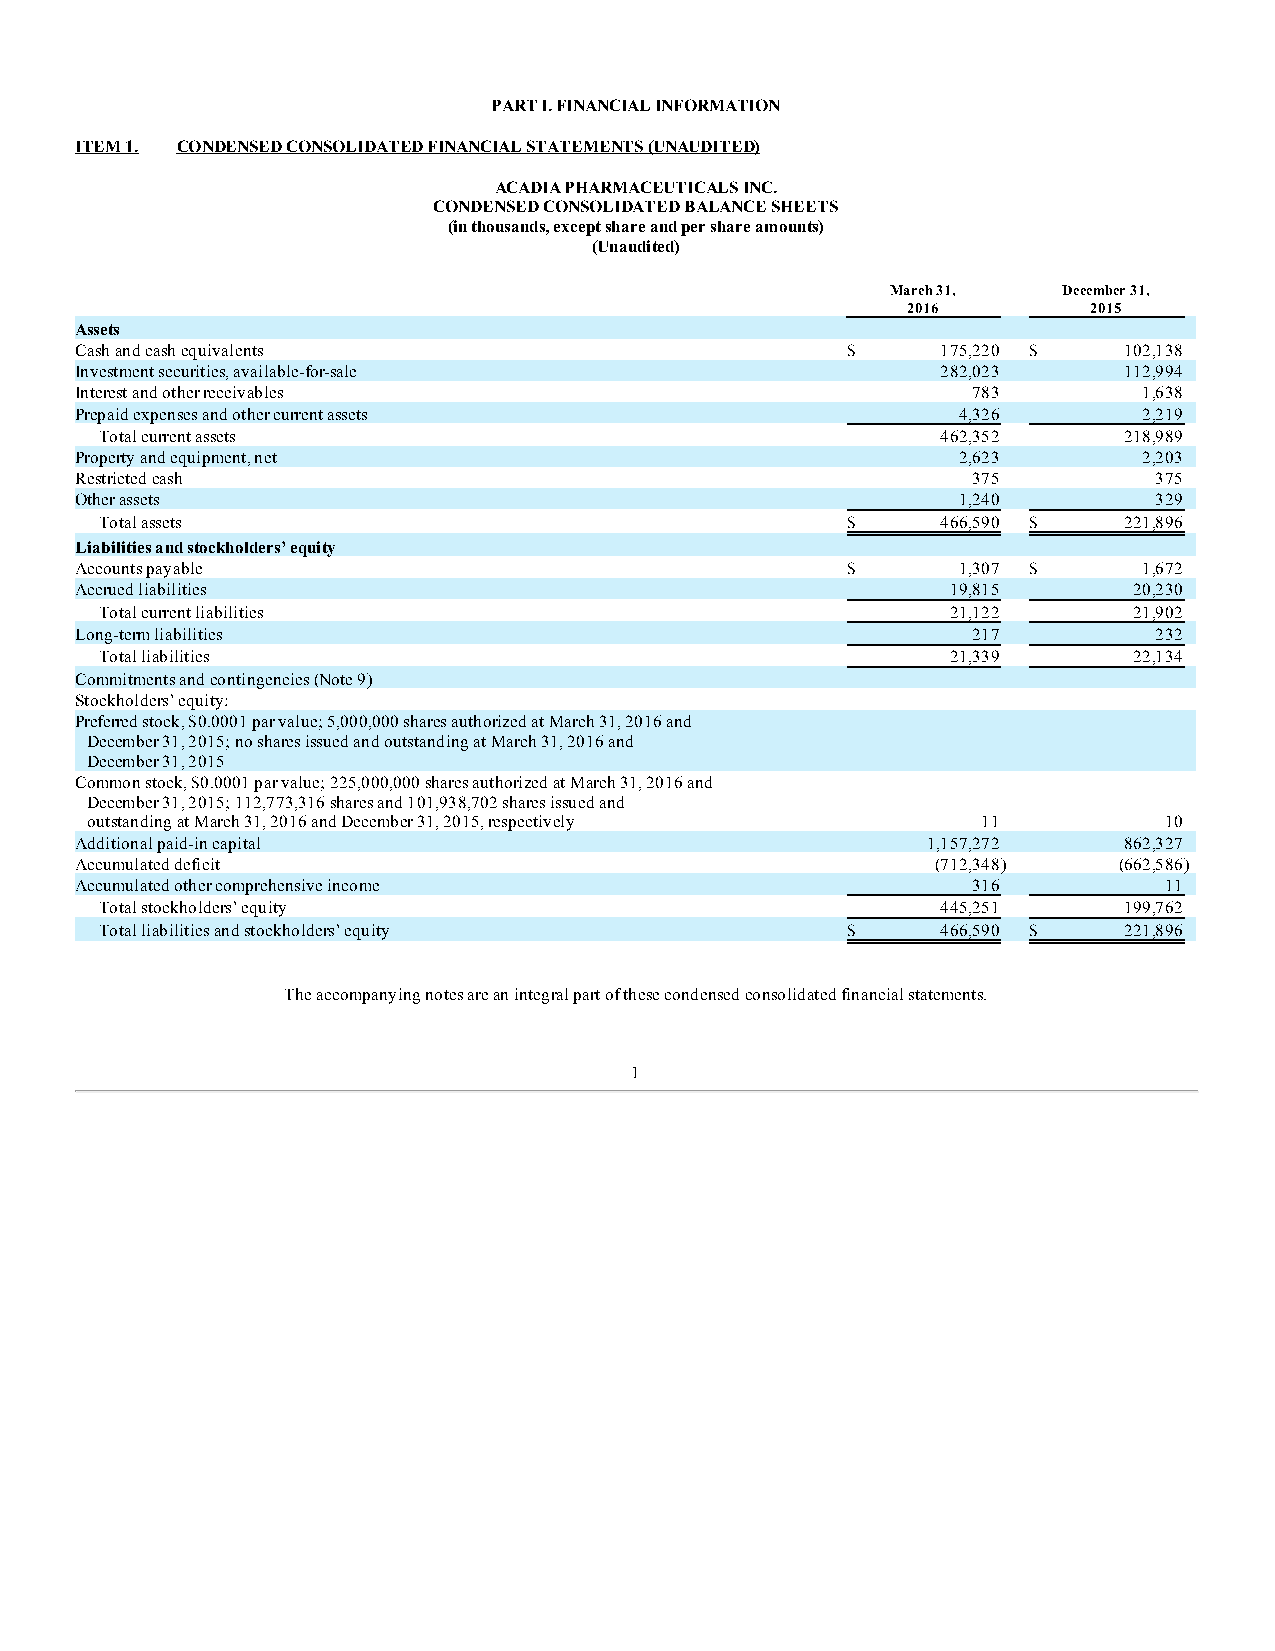
PART I. FINANCIAL INFORMATION
 ITEM 1. CONDENSED CONSOLIDATED FINANCIAL STATEMENTS (UNAUDITED)
 ACADIA PHARMACEUTICALS INC.
 CONDENSED CONSOLIDATED BALANCE SHEETS
 (in thousands, except share and per share amounts)
 (Unaudited)
 March 31,  December 31,
 2016        2015
 Assets
 Cash and cash equivalents                          $     175,220 $   102,138
 Investment securities, available-for-sale                282,023     112,994
 Interest and other receivables                             783         1,638
 Prepaid expenses and other current assets                 4,326        2,219
 Total current assets                                   462,352     218,989
 Property and equipment, net                               2,623        2,203
 Restricted cash                                            375         375
 Other assets                                              1,240        329
 Total assets                                     $     466,590 $   221,896
 Liabilities and stockholders’ equity
 Accounts payable                                   $      1,307 $      1,672
 Accrued liabilities                                       19,815      20,230
 Total current liabilities                               21,122      21,902
 Long-term liabilities                                      217         232
 Total liabilities                                       21,339      22,134
 Commitments and contingencies (Note 9)
 Stockholders’ equity:
 Preferred stock, $0.0001 par value; 5,000,000 shares authorized at March 31, 2016 and
 December 31, 2015; no shares issued and outstanding at March 31, 2016 and
 December 31, 2015                                          —           —
 Common stock, $0.0001 par value; 225,000,000 shares authorized at March 31, 2016 and
 December 31, 2015; 112,773,316 shares and 101,938,702 shares issued and
 outstanding at March 31, 2016 and December 31, 2015, respectively 11   10
 Additional paid-in capital                              1,157,272    862,327
 Accumulated deficit                                      (712,348)   (662,586)
 Accumulated other comprehensive income                     316          11
 Total stockholders’ equity                             445,251     199,762
 Total liabilities and stockholders’ equity       $     466,590 $   221,896
 The accompanying notes are an integral part of these condensed consolidated financial statements.
 1